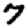
Digit: 7